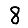
Digit: 8